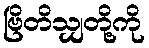
ဗြိတိသျှတို့ကို